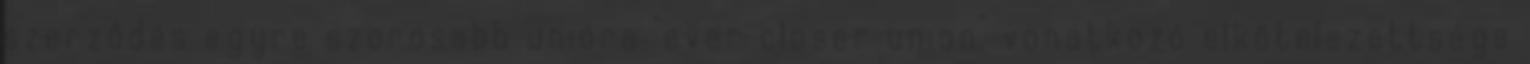
szerződés egyre szorosabb unióra "ever closer union" vonatkozó elkötelezettsége